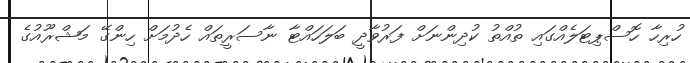
ހުރިހާ ހޮސްޕިޓަލެއްގައި ތުއްތު ކުދިންނަށް ފަރުވާދީ ބަލަހައްޓާ ނާސަރީތައް ހެދުމަށް ހިންގޭ މަޝްރޫއުގެ